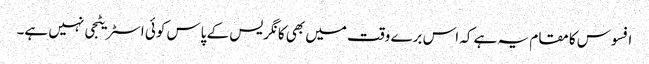
افسوس کا مقام یہ ہے کہ اس برے وقت میں بھی کانگریس کے پاس کوئی اسٹریٹجی نہیں ہے۔